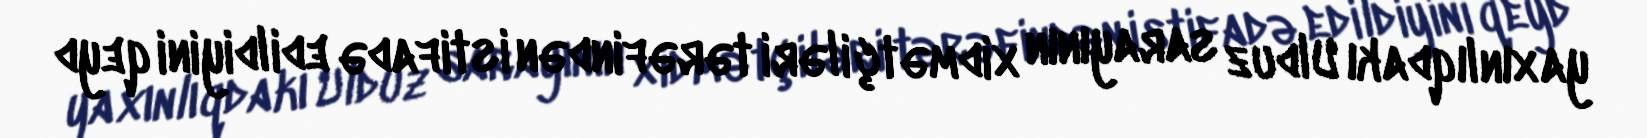
yaxınlıqdakı Ulduz sarayının xidmətçiləri tərəfindən istifadə edildiyini qeyd